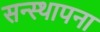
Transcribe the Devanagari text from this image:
सन्स्थापना